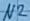
Text: N2